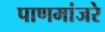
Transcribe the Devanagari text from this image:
पाणमांजरे